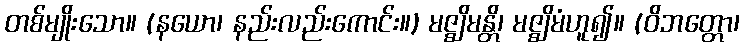
တစ်မျိုးသော။ (နယော၊ နည်းလည်းကောင်း။) မဇ္ဈိမန္တိ၊ မဇ္ဈိမံဟူ၍။ (ဝိဘတ္တော၊